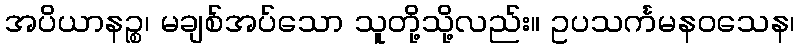
အပိယာနဉ္စ၊ မချစ်အပ်သော သူတို့သို့လည်း။ ဥပသင်္ကမနဝသေန၊